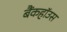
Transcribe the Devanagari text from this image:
बैंकहॉउस